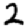
Digit: 2